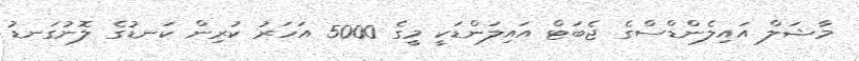
މާޝަލް އައިލެންޑްސްގެ ޖެބަޓް އައިލަންޑަކީ މީގެ 5000 އަހަރު ކުރިން ކަނޑުގެ ލޮނުގަނޑު